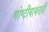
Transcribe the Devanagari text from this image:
गोष्टीबाबतही